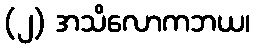
(၂) အသိလောကဘယ၊